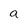
Character: a